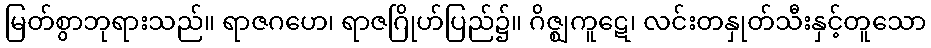
မြတ်စွာဘုရားသည်။ ရာဇဂဟေ၊ ရာဇဂြိုဟ်ပြည်၌။ ဂိဇ္ဈကူဋေ၊ လင်းတနှုတ်သီးနှင့်တူသော